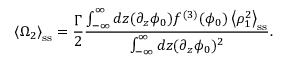
\left\langle \Omega _ { 2 } \right\rangle _ { \mathrm { s s } } = \frac { \Gamma } { 2 } \frac { \int _ { - \infty } ^ { \infty } d z ( \partial _ { z } \phi _ { 0 } ) f ^ { ( 3 ) } ( \phi _ { 0 } ) \left\langle \rho _ { 1 } ^ { 2 } \right\rangle _ { \mathrm { s s } } } { \int _ { - \infty } ^ { \infty } d z ( \partial _ { z } \phi _ { 0 } ) ^ { 2 } } .